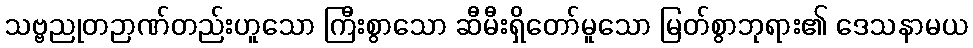
သဗ္ဗညုတဉာဏ်တည်းဟူသော ကြီးစွာသော ဆီမီးရှိတော်မူသော မြတ်စွာဘုရား၏ ဒေသနာမယ